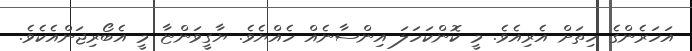
އަހަރެންގެ ހިތަށް އެރިއެވެ. މީ ކޮންކަހަލަ އިންސާނެއް ހެއްޔެވެ. ޔާގީވަންޏާ މީ އެބޯރިޖަންއެކެވެ.